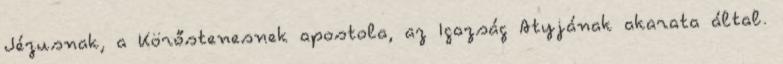
Jézusnak, a Körőstenesnek apostola, az Igazság Atyjának akarata által.